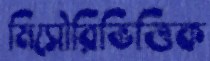
মিসৌরিভিত্তিক